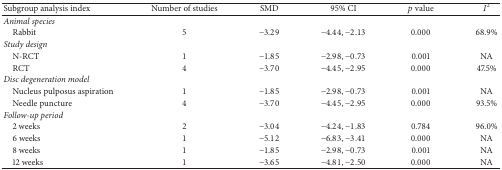
<table><thead><tr><td><b>Subgroup analysis index</b></td><td><b>Number of studies</b></td><td><b>SMD</b></td><td><b>95% CI</b></td><td><b><i>p</i> value</b></td><td><b><i>I</i><sup>2</sup></b></td></tr></thead><tbody><tr><td><i>Animal species</i></td><td> </td><td> </td><td> </td><td> </td><td> </td></tr><tr><td> Rabbit</td><td>5</td><td>−3.29</td><td>−4.44, −2.13</td><td>0.000</td><td>68.9%</td></tr><tr><td><i>Study design</i></td><td> </td><td> </td><td> </td><td> </td><td> </td></tr><tr><td> N-RCT</td><td>1</td><td>−1.85</td><td>−2.98, −0.73</td><td>0.001</td><td>NA</td></tr><tr><td> RCT</td><td>4</td><td>−3.70</td><td>−4.45, −2.95</td><td>0.000</td><td>47.5%</td></tr><tr><td><i>Disc degeneration model </i></td><td> </td><td> </td><td> </td><td> </td><td> </td></tr><tr><td> Nucleus pulposus aspiration</td><td>1</td><td>−1.85</td><td>−2.98, −0.73</td><td>0.001</td><td>NA</td></tr><tr><td> Needle puncture</td><td>4</td><td>−3.70</td><td>−4.45, −2.95</td><td>0.000</td><td>93.5%</td></tr><tr><td><i>Follow-up period </i></td><td> </td><td> </td><td> </td><td> </td><td> </td></tr><tr><td> 2 weeks</td><td>2</td><td>−3.04</td><td>−4.24, −1.83</td><td>0.784</td><td>96.0%</td></tr><tr><td> 6 weeks</td><td>1</td><td>−5.12</td><td>−6.83, −3.41</td><td>0.000</td><td>NA</td></tr><tr><td> 8 weeks</td><td>1</td><td>−1.85</td><td>−2.98, −0.73</td><td>0.001</td><td>NA</td></tr><tr><td> 12 weeks</td><td>1</td><td>−3.65</td><td>−4.81, −2.50</td><td>0.000</td><td>NA</td></tr></tbody></table>